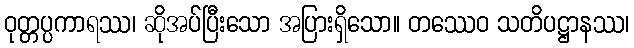
ဝုတ္တပ္ပကာရဿ၊ ဆိုအပ်ပြီးသော အပြားရှိသော။ တဿေဝ သတိပဋ္ဌာနဿ၊